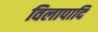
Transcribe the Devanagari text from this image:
विलापादि